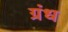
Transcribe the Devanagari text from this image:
ग्रंध